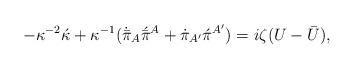
LaTeX: \begin{align*}-\kappa^{-2}\acute{\kappa} +\kappa^{-1}(\dot{\bar{\pi}}_A\acute{\bar{\pi}}{}^A +\dot{\pi}_{A'}\acute{\pi}{}^{A'}) = i\zeta(U - \bar{U}),\end{align*}